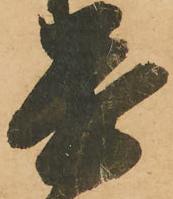
遺